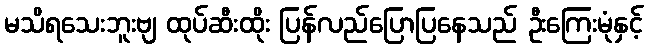
မသိရသေးဘူးဗျ ထုပ်ဆီးထိုး ပြန်လည်ပြောပြနေသည် ဦးကြေးမုံနှင့်